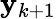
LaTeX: \mathbf{y}_{k+1}